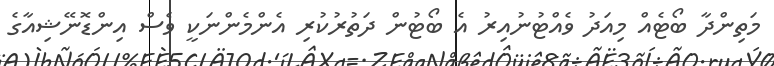
މަތިންދާ ބޯޓެއް މިއަދު ވެއްޓުނުއިރު އެ ބޯޓުން ދަތުރުކުރި އެންމެންނަކީ ވެސް އިންޑޮނޭޝިއާގެ